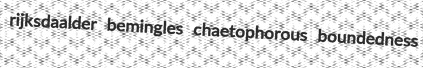
rijksdaalder bemingles chaetophorous boundedness